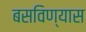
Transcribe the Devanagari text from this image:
बसविण्यास